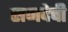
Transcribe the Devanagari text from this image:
सनदेची